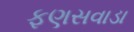
ફણસવાડા